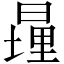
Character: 𪰹